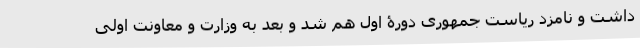
داشت و نامزد ریاست جمهوری دورۀ اول هم شد و بعد به وزارت و معاونت اولی